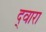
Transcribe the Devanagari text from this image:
द्‍वारा